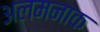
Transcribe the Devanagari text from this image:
अलमनाक